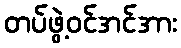
တပ်ဖွဲ့ဝင်အင်အား